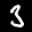
Label: 3